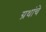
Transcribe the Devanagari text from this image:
ग्रथांचे